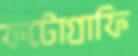
ফটোগ্রাফি